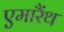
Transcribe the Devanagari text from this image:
एमारैंथ